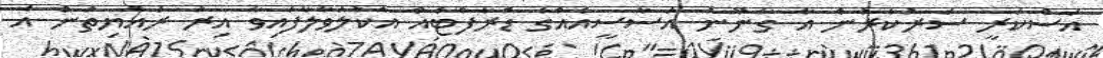
އަސްކަރީ ސަރުކާރުން އާ ގާނޫނު އަސާސީއެއްގެ ޑްރާފްޓެއް އެކުލަވާލާފައިވާ އިރު ރައްޔިތުން އެ